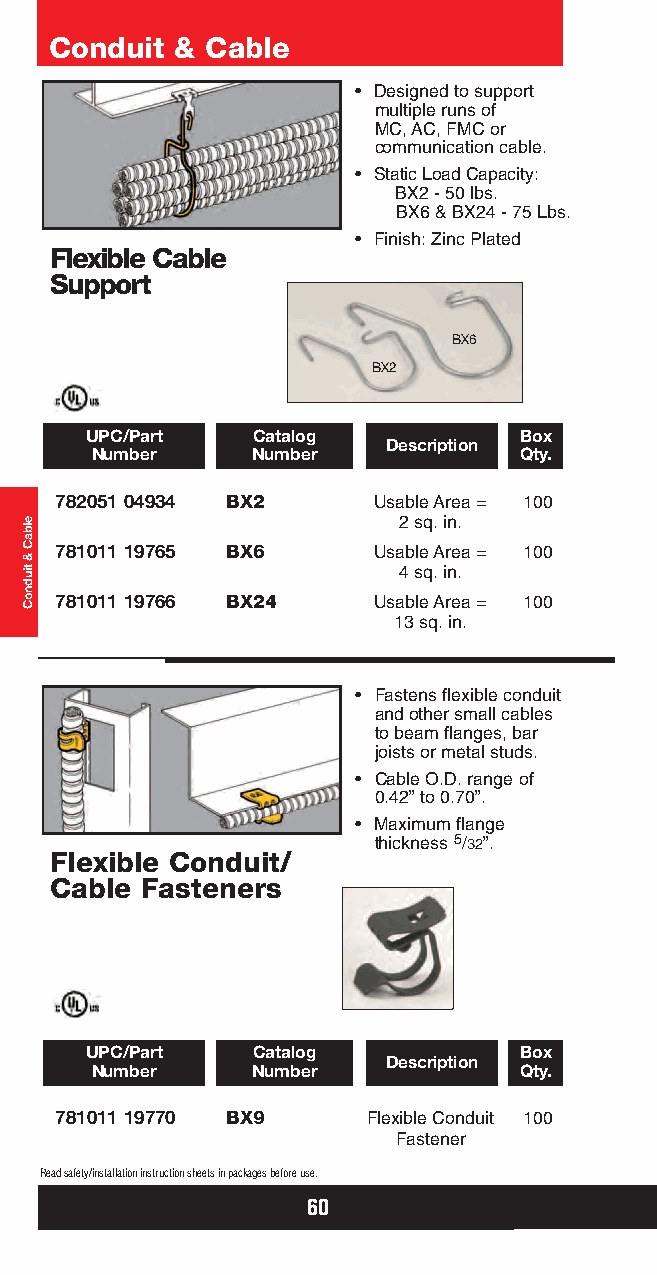
Conduit  & Cable
 • Designed to support
 multiple runs of
 MC, AC, FMC or
 communication cable.
 • Static Load Capacity:
 BX2 - 50 lbs.
 BX6 & BX24 - 75 Lbs.
 • Finish: Zinc Plated
 Flexible Cable
 Support
 BX6
 BX2
 UPC/Part   Catalog          Box
 Description
 Number     Number           Qty.
 782051 04934 BX2     Usable Area = 100
 2 sq. in.
 781011 19765 BX6     Usable Area = 100
 4 sq. in.
 781011 19766 BX24    Usable Area = 100
 13 sq. in.
 • Fastens flexible conduit
 and other small cables
 to beam flanges, bar
 joists or metal studs.
 • Cable O.D. range of
 0.42” to 0.70”.
 • Maximum flange
 thickness 5/32”.
 Flexible Conduit/
 Cable Fasteners
 UPC/Part   Catalog          Box
 Description
 Number     Number           Qty.
 781011 19770 BX9    Flexible Conduit 100
 Fastener
 Read safety/installation instruction sheets in packages before use.
 60
 elbaC
 &
 tiudnoC